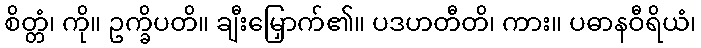
စိတ္တံ၊ ကို။ ဥက္ခိပတိ။ ချီးမြှောက်၏။ ပဒဟတီတိ၊ ကား။ ပဓာနဝီရိယံ၊